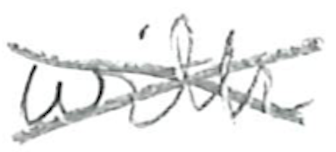
Text: with
Cross-out: cross
Writing tool: pencil